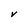
Character: V